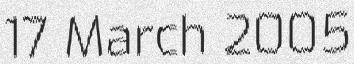
17 March 2005